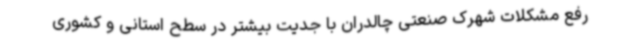
رفع مشکلات شهرک صنعتی چالدران با جدیت بیشتر در سطح استانی و کشوری